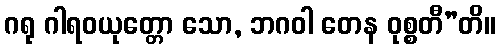
ဂရု ဂါရဝယုတ္တော သော, ဘဂဝါ တေန ဝုစ္စတီ”တိ။